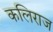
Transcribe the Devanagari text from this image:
कलिराज